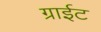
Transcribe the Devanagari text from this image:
ग्राईट